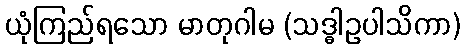
ယုံကြည်ရသော မာတုဂါမ (သဒ္ဓါဥပါသိကာ)